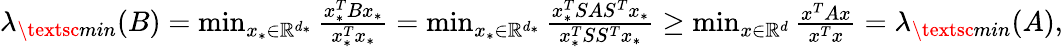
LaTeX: \begin{array}{r}{\lambda_{\textsc{min}}(B)=\operatorname*{min}_{x_{*}\in\mathbb{R}^{d_{*}}}\frac{x_{*}^{T}Bx_{*}}{x_{*}^{T}x_{*}}=\operatorname*{min}_{x_{*}\in\mathbb{R}^{d_{*}}}\frac{x_{*}^{T}SAS^{T}x_{*}}{x_{*}^{T}SS^{T}x_{*}}\ge\operatorname*{min}_{x\in\mathbb{R}^{d}}\frac{x^{T}Ax}{x^{T}x}=\lambda_{\textsc{min}}(A),}\end{array}